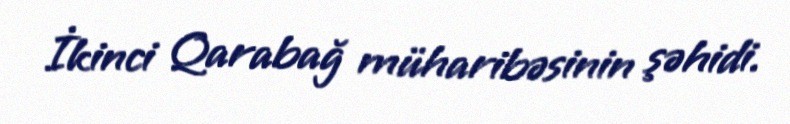
İkinci Qarabağ müharibəsinin şəhidi.